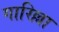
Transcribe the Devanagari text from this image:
गारिल्ला